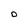
Character: O